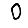
Digit: 0